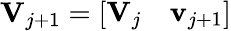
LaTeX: \mathbf{V}_{j+1}=\left[\begin{array}{ll}{\mathbf{V}_{j}}&{\mathbf{v}_{j+1}}\end{array}\right]